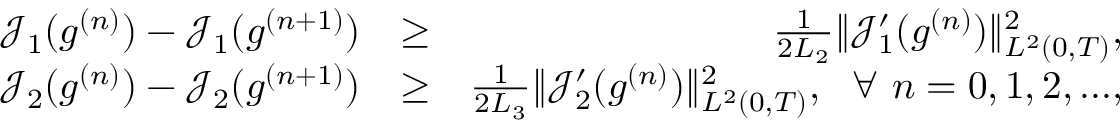
\begin{array} { r l r } { \mathcal { J } _ { 1 } ( g ^ { ( n ) } ) - \mathcal { J } _ { 1 } ( g ^ { ( n + 1 ) } ) } & { \geq } & { \frac { 1 } { 2 L _ { 2 } } \Vert \mathcal { J } _ { 1 } ^ { \prime } ( g ^ { ( n ) } ) \Vert _ { L ^ { 2 } ( 0 , T ) } ^ { 2 } , } \\ { \mathcal { J } _ { 2 } ( g ^ { ( n ) } ) - \mathcal J _ { 2 } ( g ^ { ( n + 1 ) } ) } & { \geq } & { \frac { 1 } { 2 L _ { 3 } } \Vert \mathcal { J } _ { 2 } ^ { \prime } ( g ^ { ( n ) } ) \Vert _ { L ^ { 2 } ( 0 , T ) } ^ { 2 } , \ \ \forall \ n = 0 , 1 , 2 , . . . , } \end{array}